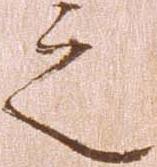
之